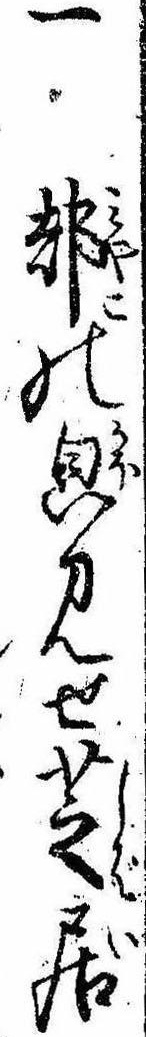
一都の㒵見せ芝居